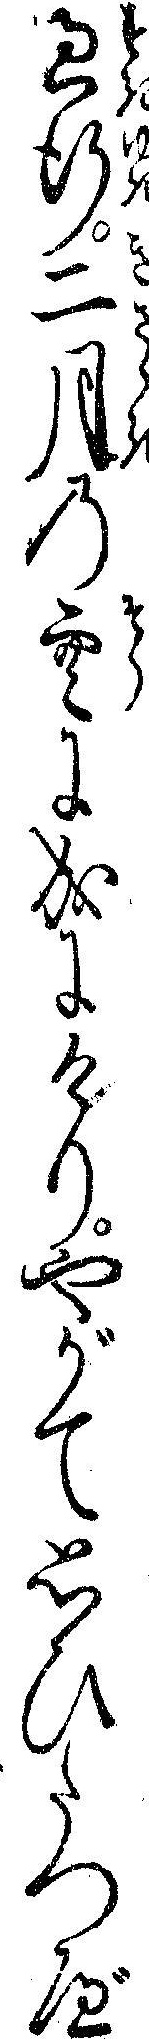
過行二月の空に成にけりやがて思ひたつべ